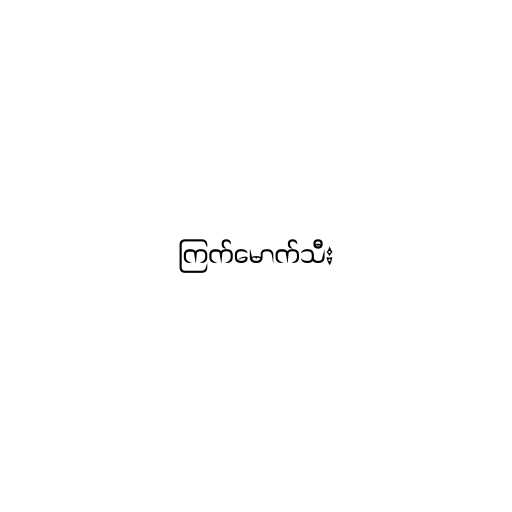
ကြက်မောက်သီး